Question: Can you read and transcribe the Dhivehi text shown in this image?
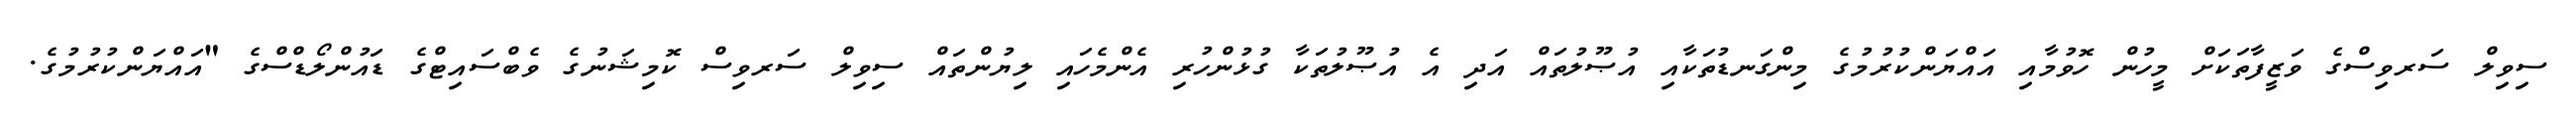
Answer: ސިވިލް ސަރވިސްގެ ވަޒީފާތަކަށް މީހުން ހޮވުމާއި އައްޔަންކުރުމުގެ މިންގަނޑުތަކާއި އުޞޫލުތައް އަދި އެ އުޞޫލުތަކާ ގުޅުންހުރި އެންމެހައި ލިޔުންތައް ސިވިލް ސަރވިސް ކޮމިޝަނުގެ ވެބްސައިޓްގެ ޑައުންލޯޑްސްގެ "އައްޔަންކުރުމުގެ.